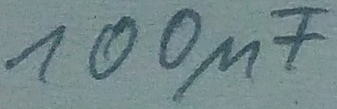
Text: 100µF